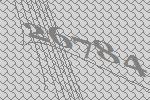
26784